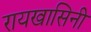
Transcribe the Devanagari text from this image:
रायखासिनी